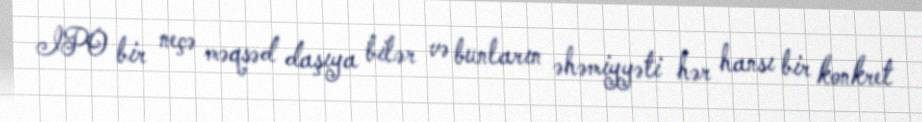
IPO bir neçə məqsəd daşıya bilər və bunların əhəmiyyəti hər hansı bir konkret